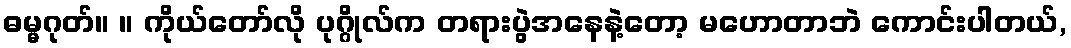
ဓမ္မဂုတ်။ ။ ကိုယ်တော်လို ပုဂ္ဂိုလ်က တရားပွဲအနေနဲ့တော့ မဟောတာဘဲ ကောင်းပါတယ်,